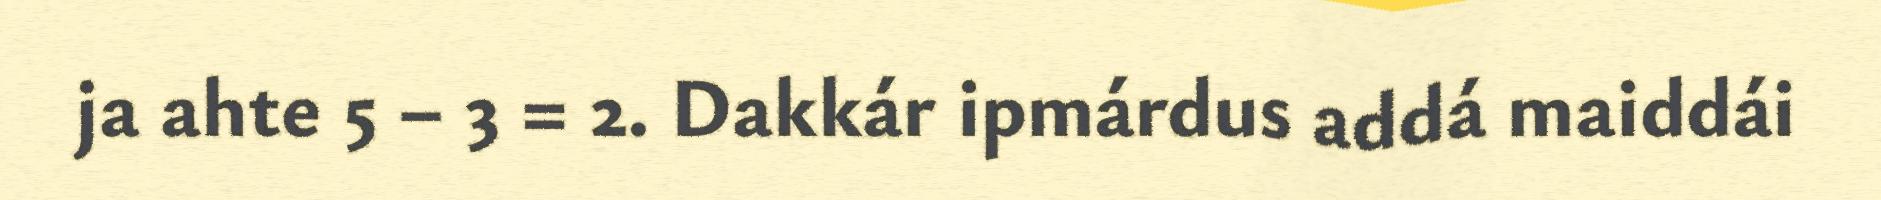
ja ahte 5 – 3 = 2. Dakkár ipmárdus addá maiddái